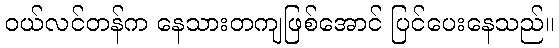
ဝယ်လင်တန်က နေသားတကျဖြစ်အောင် ပြင်ပေးနေသည်။